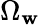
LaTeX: \Omega_{\mathbf{w}}